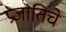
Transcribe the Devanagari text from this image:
प्रजातिचे